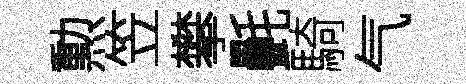
勲笠攀㲲騎气